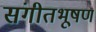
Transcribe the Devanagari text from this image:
संगीतभूषण